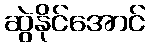
ဆွဲနိုင်အောင်